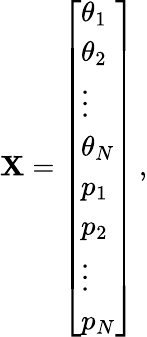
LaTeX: \mathbf{X}=\left[\begin{array}{l}{\theta_{1}}\\ {\theta_{2}}\\ {\vdots}\\ {\theta_{N}}\\ {p_{1}}\\ {p_{2}}\\ {\vdots}\\ {p_{N}}\end{array}\right]\, ,